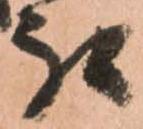
被